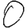
Digit: 0